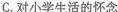
C.对小学生活的怀念